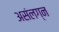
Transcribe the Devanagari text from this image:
असंलग्न